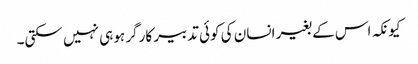
کیونکہ اس کے بغیر انسان کی کوئی تدبیر کارگر ہو ہی نہیں سکتی۔